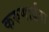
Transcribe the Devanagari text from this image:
करुणार्द्रता